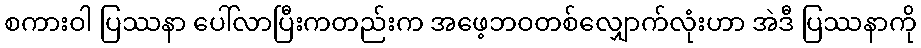
စကားဝါ ပြဿနာ ပေါ်လာပြီးကတည်းက အဖေ့ဘဝတစ်လျှောက်လုံးဟာ အဲဒီ ပြဿနာကို